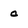
Character: c